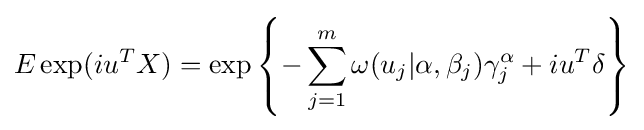
E\exp(iu^{T}X)=\exp \left\{-\sum _{j=1}^{m}\omega (u_{j}|\alpha ,\beta _{j})\gamma _{j}^{\alpha }+iu^{T}\delta \right\}